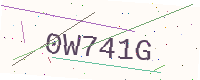
Text: 0W741G